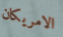
الامريكان